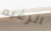
الرغبه